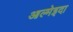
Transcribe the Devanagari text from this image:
आल्मेइदा